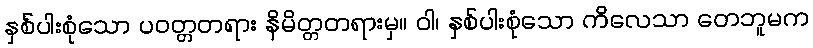
နှစ်ပါးစုံသော ပဝတ္တတရား နိမိတ္တတရားမှ။ ဝါ၊ နှစ်ပါးစုံသော ကိလေသာ တေဘူမက